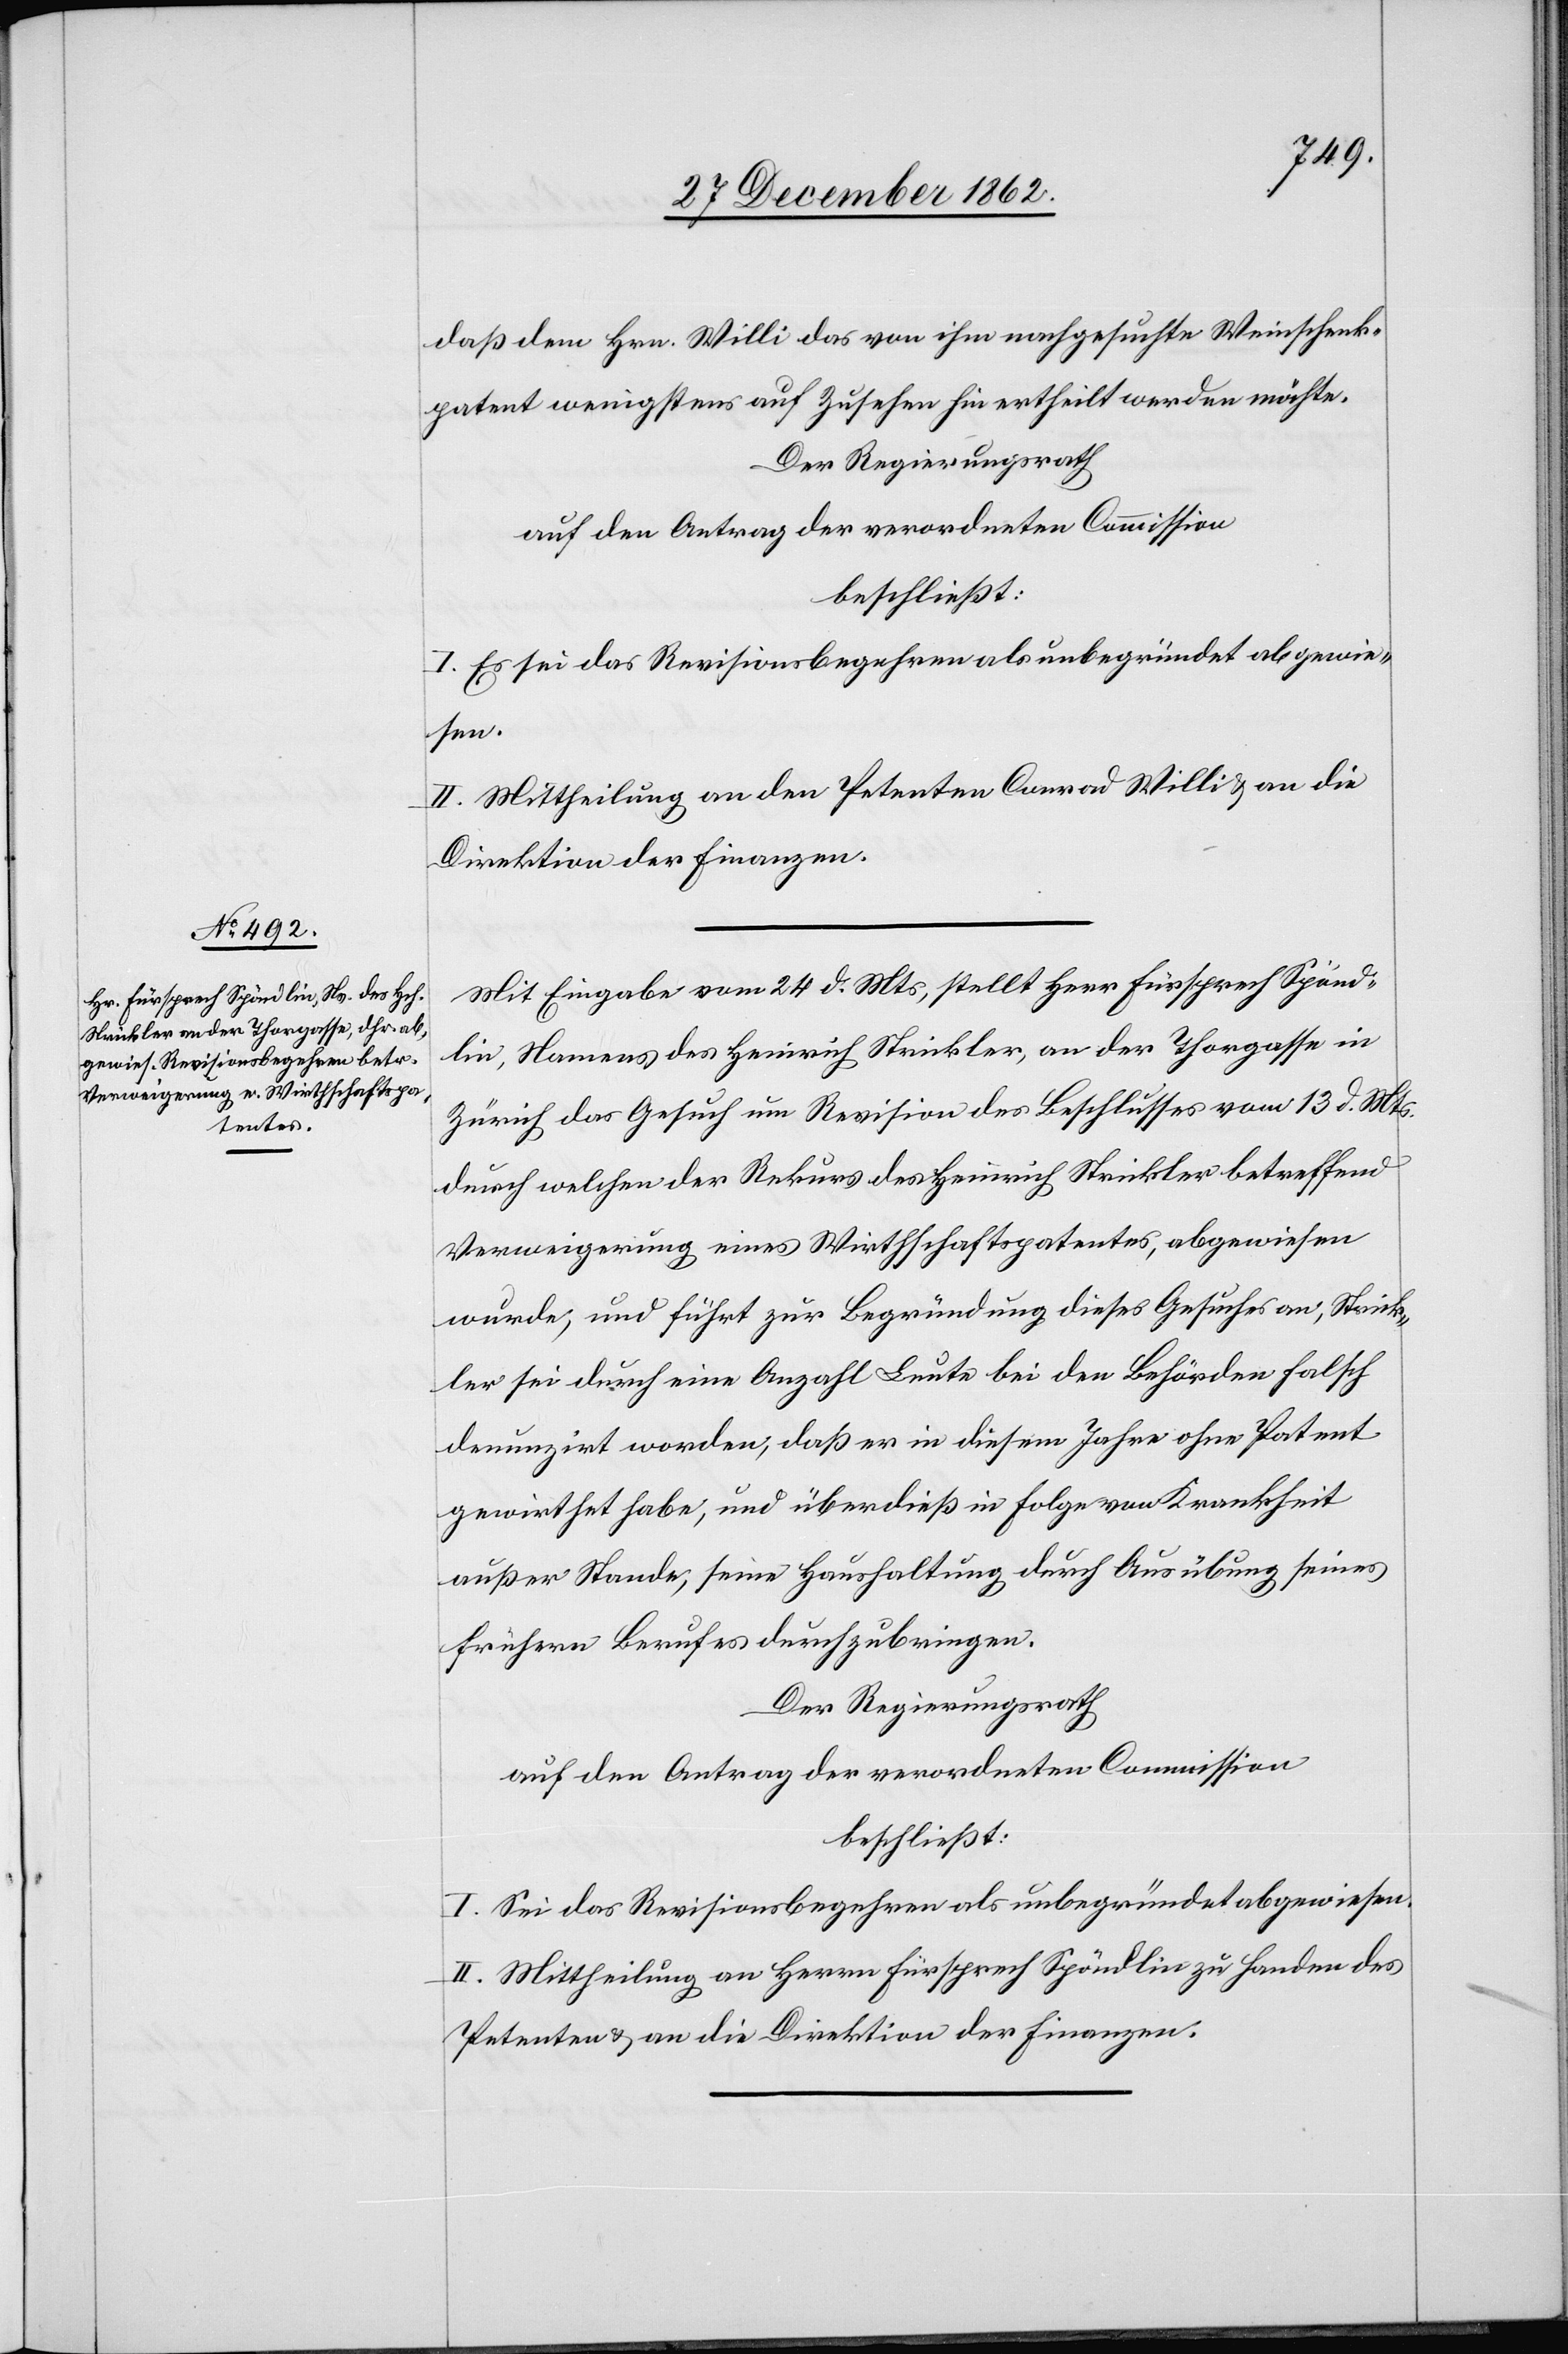
daß dem Hrn. Willi das von ihm nachgesuchte Weinschenk¬
patent wenigstens auf Zusehen hin ertheilt werden möchte.
Der Regierungsrath
auf den Antrag der verordneten Commission
beschließt:
I. Es sei das Revisionsbegehren als unbegründet abgewie¬
sen.
II. Mittheilung an den Petenten Conrad Willi u. an die
Direktion der Finanzen.
Mit Eingabe vom 24. d. Mts., stellt Herr Fürsprech Spönd¬
lin, Namens des Heinrich Strickler, an der Thorgasse in
Zürich das Gesuch um Revision des Beschlusses vom 13. d. Mts.
durch welchen der Rekurs des Heinrich Strickler betreffend
Verweigerung eines Wirthschaftspatentes, abgewiesen
wurde, und führt zur Begründung dieses Gesuches an, Strick¬
ler sei durch eine Anzahl von Leute bei den Behörden falsch
denunzirt worden, daß er in diesem Jahre ohne Patent
gewirthet habe, und überdieß in Folge von Krankheit
außer Stande, seine Haushaltung durch Ausübung seines
frühern Berufes durchzubringen.
Der Regierungsrath
auf den Antrag der verordneten Commission
beschließt:
I. Sei das Revisionsbegehren als unbegründet abgewiesen.
II. Mittheilung an Herrn Fürsprech Spöndlin zu Handen des
Petenten u. an die Direktion der Finanzen.